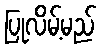
ပြုလိမ့်မည်